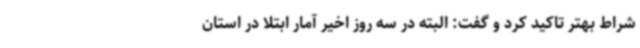
شراط بهتر تاکید کرد و گفت: البته در سه روز اخیر آمار ابتلا در استان